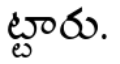
ట్టారు.